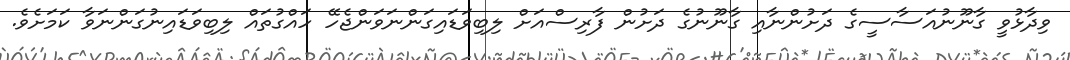
ވިދާޅުވީ ގާނޫނުއަސާސީގެ ދަށުންނާއި ގާނޫނުގެ ދަށުން ފާރިސްއަށް ލިބިވަޑައިގަންނަވަންޖެހޭ ހައްގުތައް ލިބިވަޑައިނުގަންނަވާ ކަމަށެވެ.